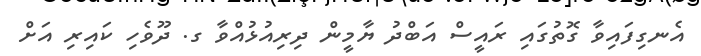
އެނގިފައިވާ ގޮތުގައި ރައީސް އަބްދު ޔާމީން ދިރިއުޅުއްވާ ގ. ދޫވެހި ކައިރި އަށް